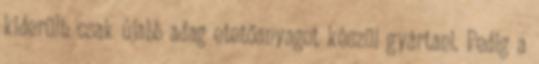
kiderült: csak újabb adag etetőanyagot készül gyártani. Pedig a